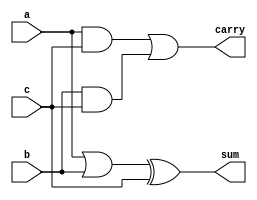
module appro_fulladder(
    input a,b,c,
    output carry,sum
    );
    assign carry = (a&c)|(b&c);
    assign sum = (a|b)^c;
endmodule